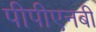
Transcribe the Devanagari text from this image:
पीपीएनबी